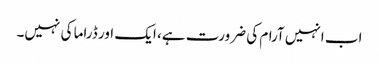
اب انہیں آرام کی ضرورت ہے، ایک اور ڈراما کی نہیں۔